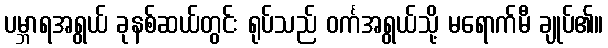
ပမ္ဘာရအရွယ် ခုနစ်ဆယ်တွင်း ရုပ်သည် ဝင်္ကအရွယ်သို့ မရောက်မီ ချုပ်၏။